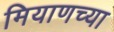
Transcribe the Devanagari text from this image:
मियाणच्या